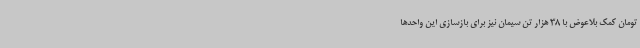
تومان کمک بلاعوض با 38 هزار تن سیمان نیز برای بازسازی این واحدها